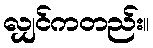
လျှင်ကတည်း။